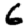
Digit: 6